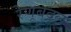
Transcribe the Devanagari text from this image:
रेणूबदल